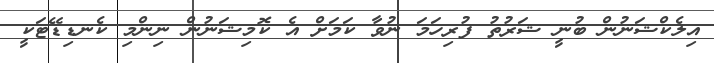
އިލެކްޝަނުން ބުނީ ޝަރުތު ފުރިހަމަ ނުވާ ކަމަށް އެ ކޮމިޝަނުން ނިންމި ކެނޑިޑޭޓަކީ